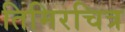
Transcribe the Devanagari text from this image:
तिमिरचित्र